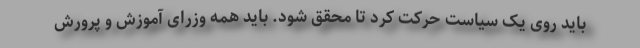
باید روی یک سیاست حرکت کرد تا محقق شود. باید همه وزرای آموزش و پرورش